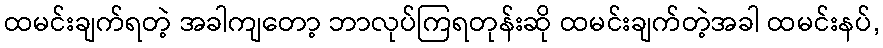
ထမင်းချက်ရတဲ့ အခါကျတော့ ဘာလုပ်ကြရတုန်းဆို ထမင်းချက်တဲ့အခါ ထမင်းနပ်,